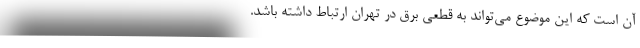
آن است که این موضوع می‌تواند به قطعی برق در تهران ارتباط داشته باشد.